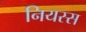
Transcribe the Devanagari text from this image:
नियस्स